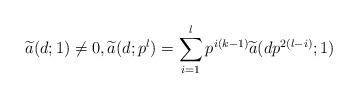
LaTeX: \begin{align*} \widetilde{a}(d;1) \neq 0, \widetilde{a}(d;p^l)=\sum\limits_{i =1}^l p^{i(k-1)} \widetilde{a}(dp^{2(l-i)};1)\end{align*}